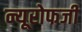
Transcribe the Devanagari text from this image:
न्यूरोफजी